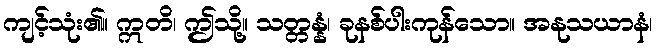
ကျင့်သုံး၏။ ဣတိ၊ ဤသို့။ သတ္တန္နံ၊ ခုနစ်ပါးကုန်သော။ အနုသယာနံ၊